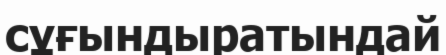
сұғындыратындай